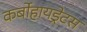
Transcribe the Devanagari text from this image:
कर्बोहायड्रेटस